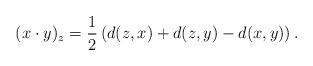
LaTeX: \begin{align*} (x\cdot y)_z = \frac{1}{2}\left( d(z,x)+d(z,y)-d(x,y)\right).\end{align*}